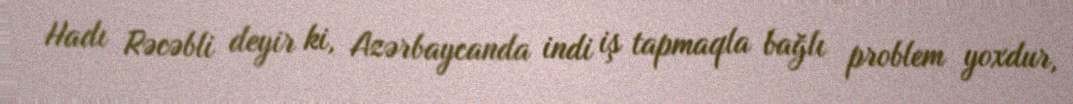
Hadı Rəcəbli deyir ki, Azərbaycanda indi iş tapmaqla bağlı problem yoxdur,